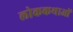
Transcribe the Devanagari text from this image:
लोककथाआें